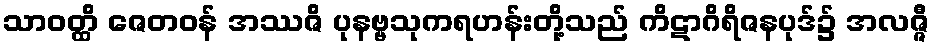
သာဝတ္ထိ ဇေတဝန် အဿဇိ ပုနဗ္ဗသုကရဟန်းတို့သည် ကိဋာဂိရိဇနပုဒ်၌ အလဇ္ဇီ